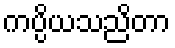
ကပ္ပိယသညိတာ